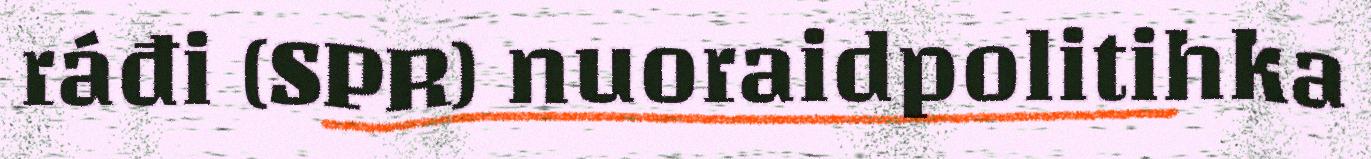
ráđi (SPR) nuoraidpolitihka